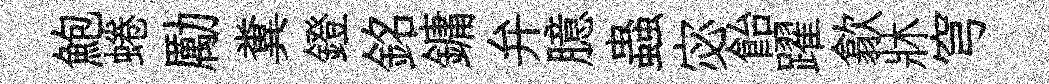
鮑蜷勵糞鐙銘鏞弁臆蟲宓飴躍歙牀穹